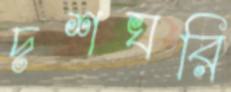
দশঘরি